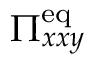
\Pi _ { x x y } ^ { \mathrm { e q } }